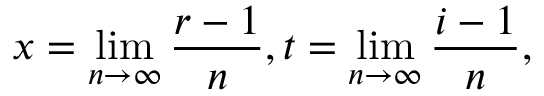
x = \operatorname* { l i m } _ { n \to \infty } \frac { r - 1 } { n } , t = \operatorname* { l i m } _ { n \to \infty } \frac { i - 1 } { n } ,